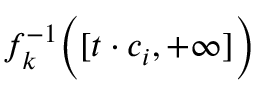
f _ { k } ^ { - 1 } { \Bigl ( } [ t \cdot c _ { i } , + \infty ] { \Bigr ) }